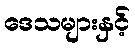
ဒေသများနှင့်